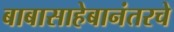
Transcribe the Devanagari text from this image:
बाबासाहेबानंतरचे